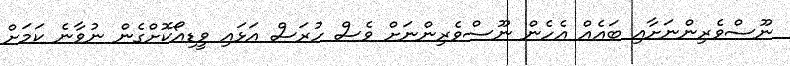
ނޫސްވެރިންނަށާއި ބައެއް އެހެން ނޫސްވެރިންނަށް ވެސް ހުރަސް އަޅައި ވީޑިއޯކޮށްގެން ނުވާނެ ކަމަށް